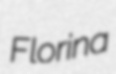
Florina